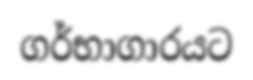
ගර්භාගාරයට